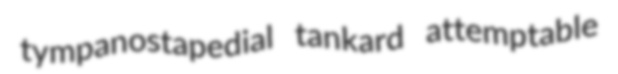
tympanostapedial tankard attemptable